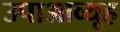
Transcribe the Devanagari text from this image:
उपाआव्यूह